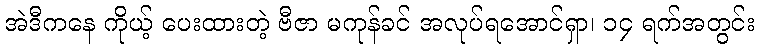
အဲဒီကနေ ကိုယ့် ပေးထားတဲ့ ဗီဇာ မကုန်ခင် အလုပ်ရအောင်ရှာ၊ ၁၄ ရက်အတွင်း